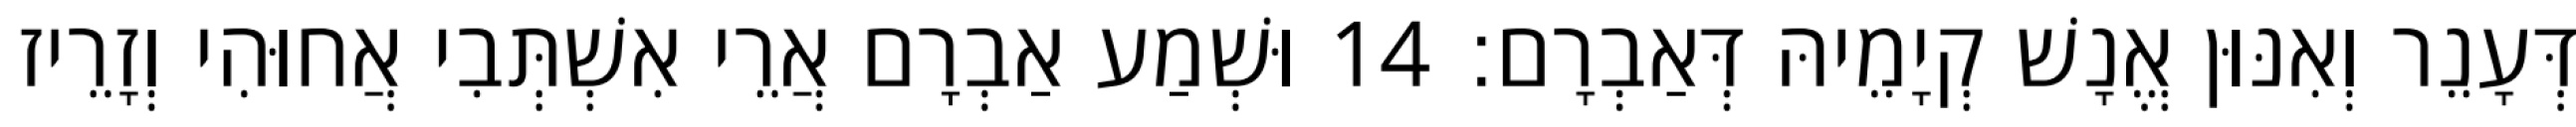
דְּעָנֵר וְאִנּוּן אֱנָשׁ קְיָמֵיהּ דְּאַבְרָם׃ 14 וּשְׁמַע אַבְרָם אֲרֵי אִשְׁתְּבִי אֲחוּהִי וְזָרֵיז